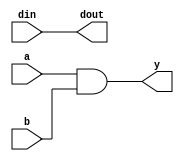
module simple_continuous_assignment (
    input wire a,         // Input signal a
    input wire b,         // Input signal b
    input wire [3:0] din, // 4-bit input data bus
    output wire y,        // Output signal for AND gate
    output wire [3:0] dout // 4-bit output data bus
);

// Continuous assignment for logical AND operation
assign y = a & b; // y is continuously driven by the AND of a and b

// Continuous assignment for bus assignment
assign dout = din; // dout continuously reflects the value of din

endmodule